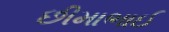
છીમાભાઈ